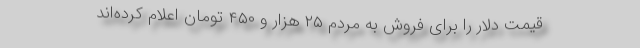
قیمت دلار را برای فروش به مردم ۲۵ هزار و ۴۵۰ تومان اعلام کرده‌اند